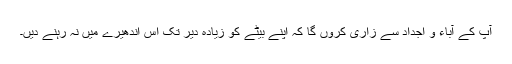
آپ کے آباء و اجداد سے زاری کروں گا کہ اپنے بیٹے کو زیادہ دیر تک اس اندھیرے میں نہ رہنے دیں۔